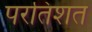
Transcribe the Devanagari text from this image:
परतिशत